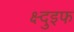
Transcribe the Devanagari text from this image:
क्ष्दुइफ